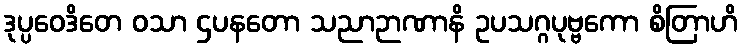
ဒုပ္ပဝေဒိတေ ဝသာ ဌပနတော သညာဉာဏာနိ ဥပသဂ္ဂပုဗ္ဗကော စိတြာဟိ